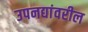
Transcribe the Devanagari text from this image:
उपनद्यांवरील